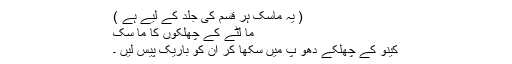
( یہ ماسک ہر قسم کی جلد کے لیے ہے )
ما لٹے کے چھلکوں کا ما سک
کینو کے چھلکے دھو پ میں سکھا کر ان کو باریک پیس لیں ۔